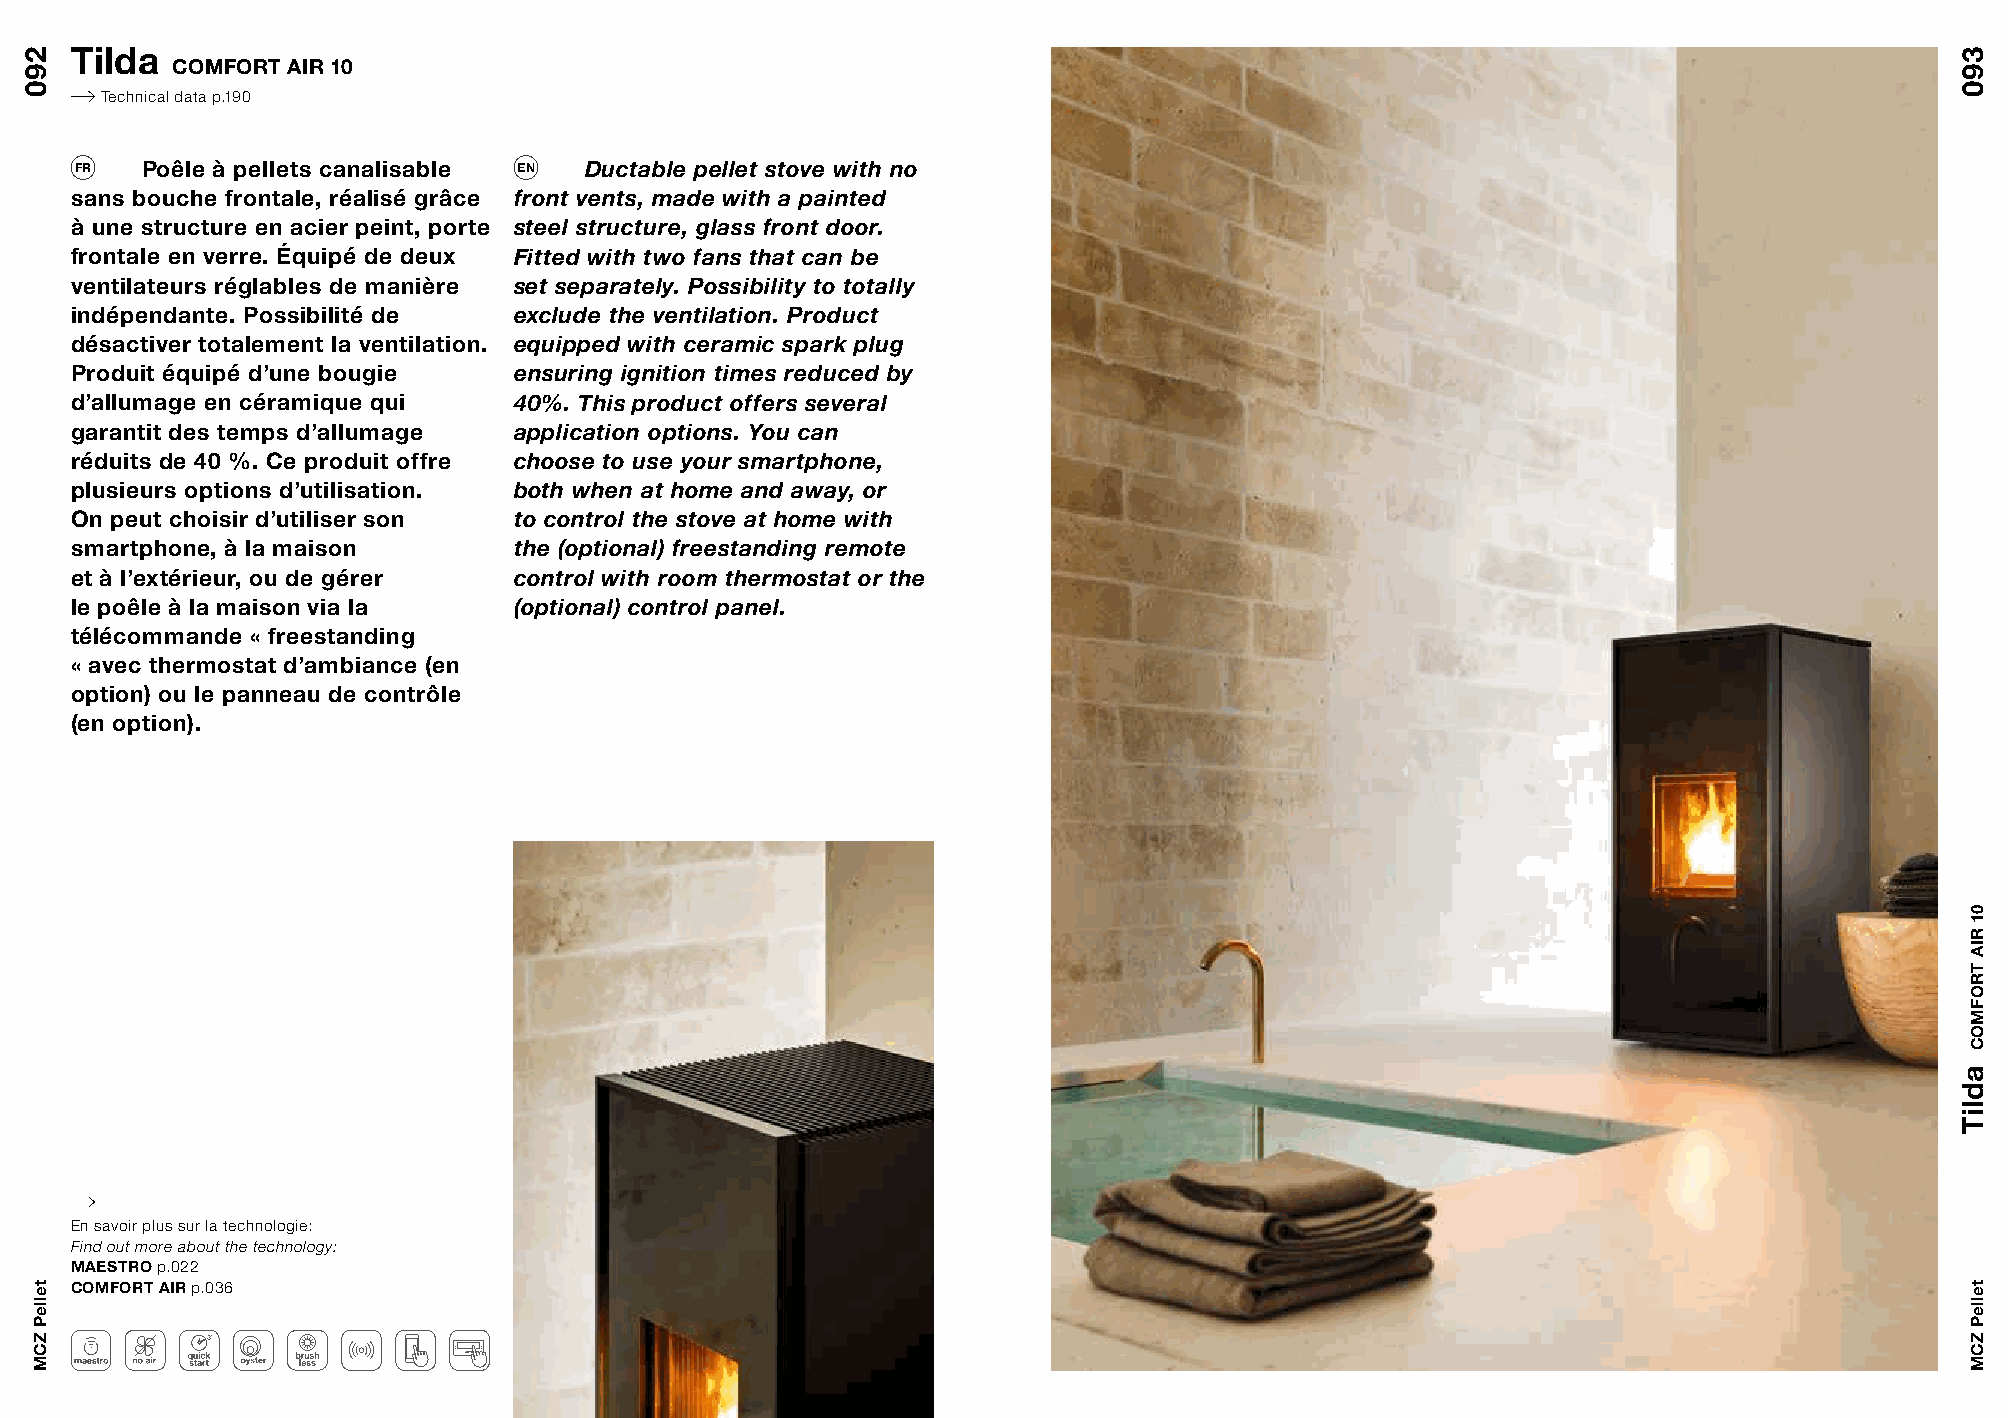
Tilda
 COMFORT AIR 10
 Technical data p.190
 FR  Poêle à pellets canalisable EN Ductable pellet stove with no
 sans bouche frontale, réalisé grâce front vents, made with a painted
 à une structure en acier peint, porte steel structure, glass front door.
 frontale en verre. Équipé de deux Fitted with two fans that can be
 ventilateurs réglables de manière set separately. Possibility to totally
 indépendante. Possibilité de exclude the ventilation. Product
 désactiver totalement la ventilation. equipped with ceramic spark plug
 Produit équipé d’une bougie  ensuring ignition times reduced by
 d’allumage en céramique qui  40%. This product offers several
 garantit des temps d’allumage application options. You can
 réduits de 40 %. Ce produit offre choose to use your smartphone,
 plusieurs options d’utilisation. both when at home and away, or
 On peut choisir d’utiliser son to control the stove at home with
 smartphone, à la maison      the (optional) freestanding remote
 et à l’extérieur, ou de gérer control with room thermostat or the
 le poêle à la maison via la  (optional) control panel.
 télécommande « freestanding
 « avec thermostat d’ambiance (en
 option) ou le panneau de contrôle
 (en option).
 En savoir plus sur la technologie:
 Find out more about the technology:
 MAESTRO p.022
 COMFORT AIR p.036
 290
 telleP
 ZCM
 390
 adliT
 01
 RIA
 TROFMOC
 telleP
 ZCM